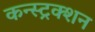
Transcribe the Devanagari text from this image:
कन्स्ट्रक्‍शन